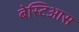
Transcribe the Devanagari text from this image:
बेस्टिआस